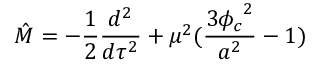
\hat { M } = - \frac { 1 } { 2 } \frac { d ^ { 2 } } { d \tau ^ { 2 } } + \mu ^ { 2 } ( \frac { 3 { \phi _ { c } } ^ { 2 } } { a ^ { 2 } } - 1 )